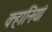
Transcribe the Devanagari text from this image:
क्हानियां